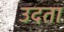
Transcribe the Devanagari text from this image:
उदता